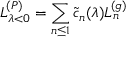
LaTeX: L _ { \lambda < 0 } ^ { ( P ) } = \sum _ { n \leq 1 } \tilde { c } _ { n } ( \lambda ) L _ { n } ^ { ( g ) }